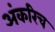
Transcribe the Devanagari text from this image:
अंकरिच